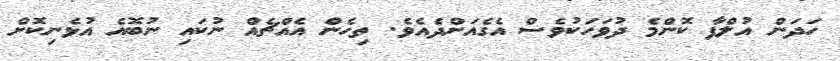
ހަދަން އުލްފާ ކޮންމެ ދުވަހަކުވެސް އެގެއަށްދެއެވެ. ތިހެން އެއްޗެއް ނުކައި ނުބޮއެ އުޅެނިކޮށް